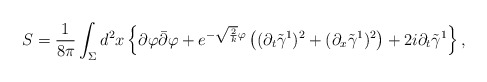
\begin{align*}S=\frac{1}{8\pi}\int_{\Sigma}d^2x\left\{ \partial\varphi\bar{\partial}\varphi +e^{-\sqrt{\frac{2}{k}}\varphi}\left((\partial_t \tilde{\gamma}^1)^2+ (\partial_x \tilde{\gamma}^1)^2 \right) + 2i \partial_t \tilde{\gamma}^1 \right\} ,\end{align*}